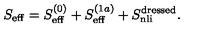
S _ { \mathrm { e f f } } = S _ { \mathrm { e f f } } ^ { ( 0 ) } + S _ { \mathrm { e f f } } ^ { ( 1 a ) } + S _ { \mathrm { n l i } } ^ { \mathrm { d r e s s e d } } .